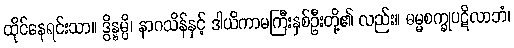
ထိုင်နေရင်းသာ။ ဒွိန္နမ္ပိ၊ နာဂသိန်နှင့် ဒါယိကာမကြီးနှစ်ဦးတို့၏ လည်း။ ဓမ္မစက္ခုပဋိလာဘံ၊